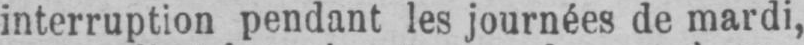
interruption pendant les journées de mardi,